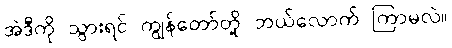
အဲဒီကို သွားရင် ကျွန်တော်တို့ ဘယ်လောက် ကြာမလဲ။